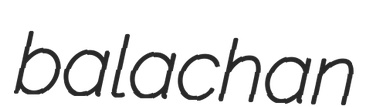
balachan